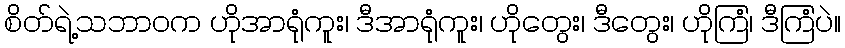
စိတ်ရဲ့သဘာဝက ဟိုအာရုံကူး၊ ဒီအာရုံကူး၊ ဟိုတွေး၊ ဒီတွေး၊ ဟိုကြံ၊ ဒီကြံပဲ။